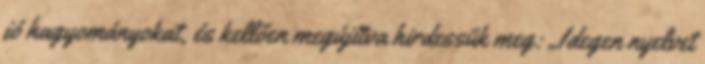
jó hagyományokat, és kellően megújítva hirdessük meg: „Idegen nyelvet